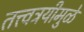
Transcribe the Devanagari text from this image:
तत्त्वत्रयीमुळे